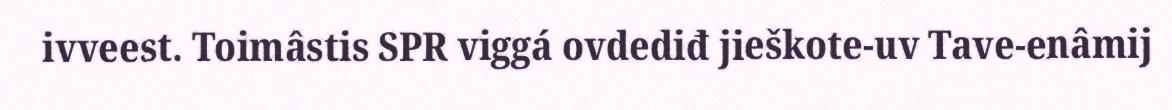
ivveest. Toimâstis SPR viggá ovdediđ jieškote-uv Tave-enâmij